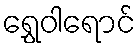
ရွှေဝါရောင်